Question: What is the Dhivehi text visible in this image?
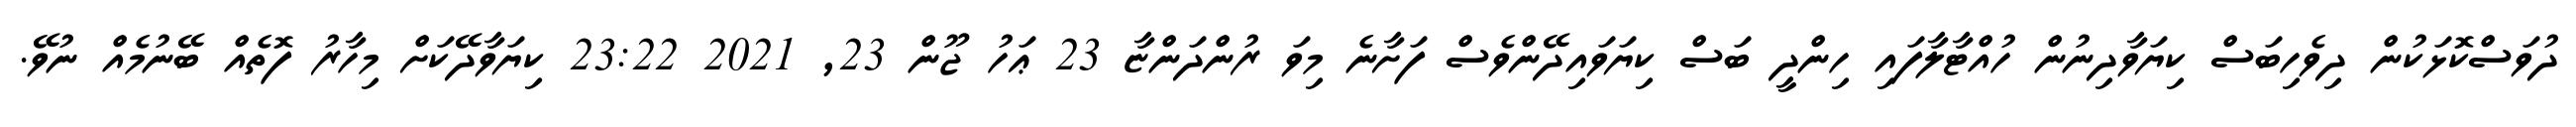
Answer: ދުވަސްކޮޅަކުން ދިވެހިބަސް ކިޔަވާދިނުން ހުއްޓާލާފައި ހިންދީ ބަސް ކިޔަވައިދޭންވެސް ފަށާނެ މިވަ ރުންދަންޏާ 23 ޢަހު ޖޫން 23, 2021 23:22 ކިޔަވާދޭކަށް މިހާރު ފޮތެއް ބޭނުމެއް ނުވޭ.